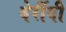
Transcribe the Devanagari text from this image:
वेर्रीबी